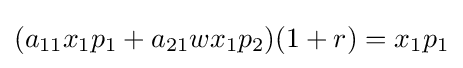
(a_{11}x_{1}p_{1}+a_{21}wx_{1}p_{2})(1+r)=x_{1}p_{1}